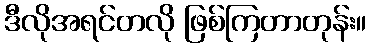
ဒီလိုအရင်တလို ဖြစ်ကြတာတုန်း။